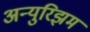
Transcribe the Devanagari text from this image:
अन्युरिझम